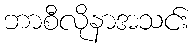
ဘာစီလိုနာအသင်း